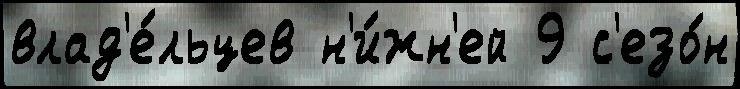
влад'е́льцев н'и́жн'ей 9 с'езо́н